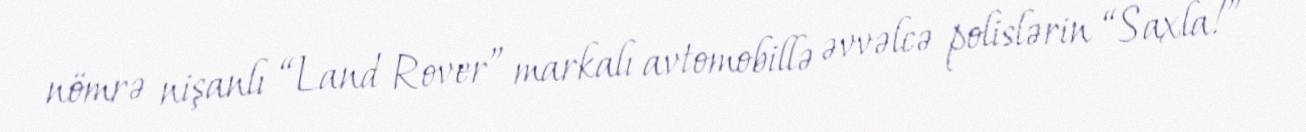
nömrə nişanlı “Land Rover” markalı avtomobillə əvvəlcə polislərin “Saxla!”